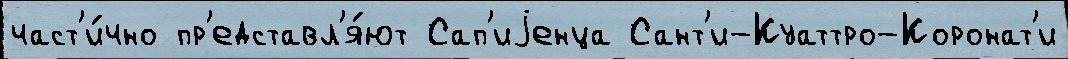
част'и́чно пр'едставл'я́ют Сап'иjенца Сант'и-Куаттро-Коронат'и